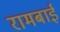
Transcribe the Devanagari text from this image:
रामबाईं